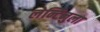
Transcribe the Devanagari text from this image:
लेन्टिनुला